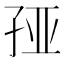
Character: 𰌦